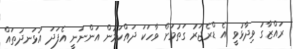
ރައްޒާގު ވިދާޅުވީ އެ ޑްރެޖަރު ގަތުމަށް ވާހަކަ ދައްކަމުން އަންނަނީ އެފަދަ އުޅަނދުތައް